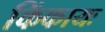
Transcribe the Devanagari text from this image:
किंकायः